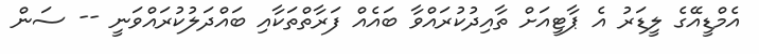
އެމްޑީއޭގެ ލީޑަރު އެ ޕާޓީއަށް ތާއިދުކުރަައްވާ ބައެއް ފަރާތްތަކާއި ބައްދަލުކުރައްވަނީ -- ސަން